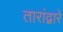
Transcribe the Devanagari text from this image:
तारांद्वारे